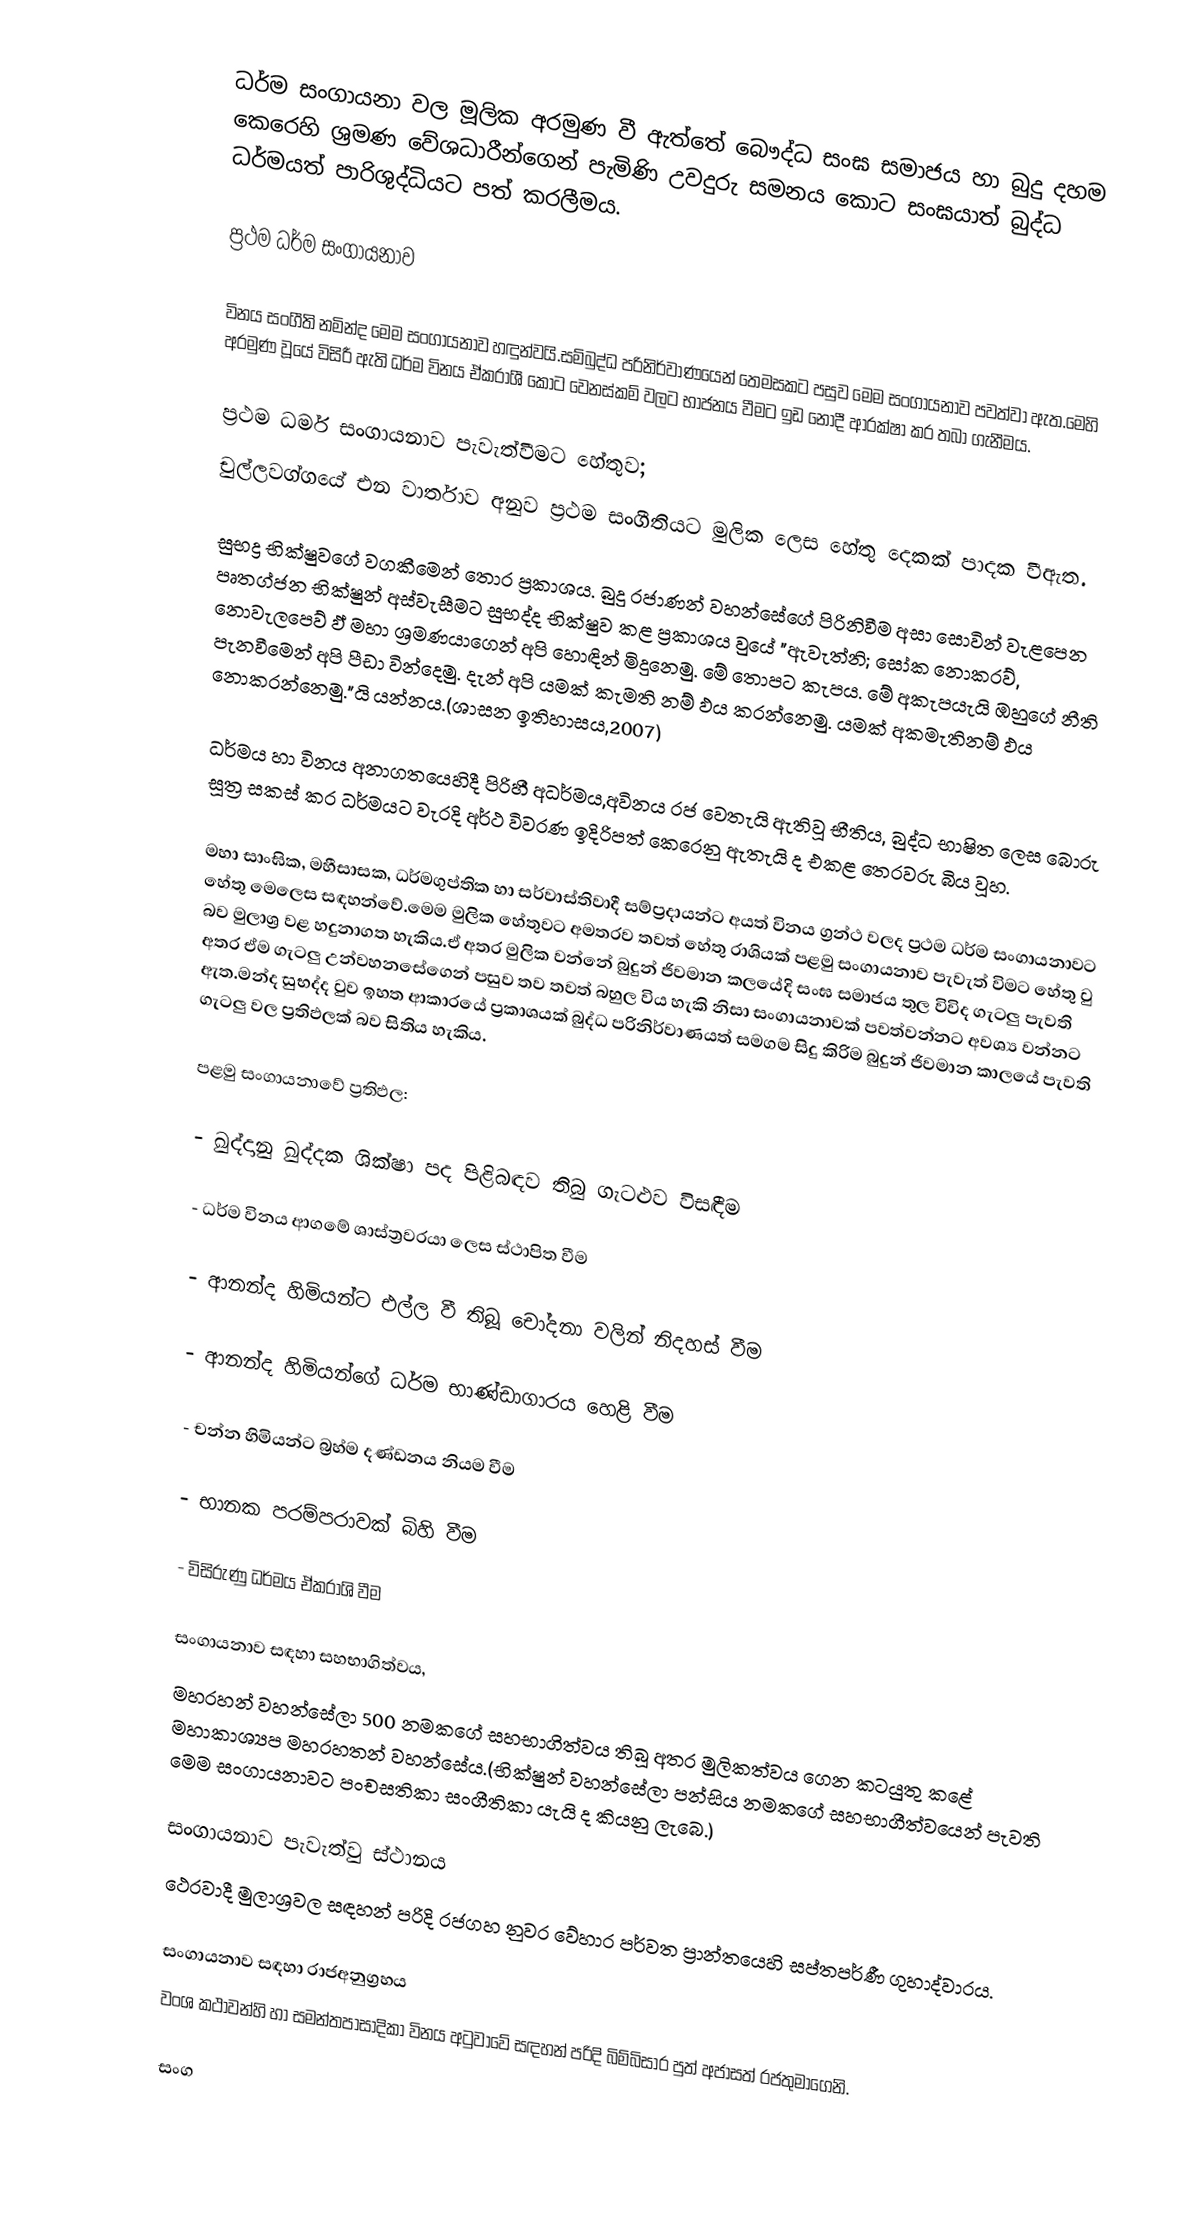
ධර්ම සංගායනා වල මූලික අරමුණ වී ඇත්තේ බෞද්ධ සංඝ සමාජය හා බුදු දහම කෙරෙහි ශ්‍රමණ වේශධාරීන්ගෙන් පැමිණි උවදුරු සමනය කොට සංඝයාත් බුද්ධ ධර්මයත් පාරිශුද්ධියට පත් කරලීමය.

ප්‍රථම ධර්ම සංගායනාව

විනය සංගීති නමින්ද මෙම සංගායනාව හඳුන්වයි.සම්බුද්ධ පරිනිර්වාණයෙන් තෙමසකට පසුව මෙම සංගායනාව පවත්වා ඇත.මෙහි අරමුණ වූයේ විසිරී ඇති ධර්ම විනය ඒකරාශී කොට වෙනස්කම් වලට භාජනය වීමට ඉඩ නොදී ආරක්ෂා කර තබා ගැනීමය.

ප්‍රථම ධර්ම සංගායනාව පැවැත්වීමට හේතුව;
චුල්ලවග්ගයේ එන වාර්තාව  අනුව ප්‍රථම සංගීතියට මුලික ලෙස හේතු දෙකක් පාදක වීඇත.

 සුභද්‍ර භික්ෂුවගේ වගකීමෙන් තොර ප්‍රකාශය. බුදු රජාණන් වහන්සේගේ පිරිනිවීම අසා සොවින් වැළපෙන පෘතග්ජන භික්ෂුන් අස්වැසීමට සුභද්ද භික්ෂුව කළ ප්‍රකාශය වුයේ "ඇවැත්නි; සෝක නොකරව්, නොවැලපෙව් ඵ් මහා ශ්‍රමණයාගෙන් අපි හොඳින් මිදුනෙමු. මේ තොපට කැපය. මේ අකැපයැයි ඹහුගේ නීති පැනවීමෙන් අපි පීඩා වින්දෙමු. දැන් අපි යමක් කැමති නම් ඵය කරන්නෙමු. යමක් අකමැතිනම් ඵය නොකරන්නෙමු."යි යන්නය.(ශාසන ඉතිහාසය,2007)

 ධර්මය හා විනය  අනාගතයෙහිදී පිරිහී අධර්මය,අවිනය රජ වෙතැයි ඇතිවූ භීතිය, බුද්ධ භාෂිත ලෙස බොරු සූත්‍ර සකස් කර ධර්මයට වැරදි අර්ථ විවරණ ඉදිරිපත් කෙරෙනු ඇතැයි ද එකළ තෙරවරු බිය වූහ.

මහා සාංඝික, මහීසාසක, ධර්මගුප්තික හා සර්වාස්තිවාදී සම්ප්‍රදායන්ට අයත් විනය ග්‍රන්ථ වලද ප්‍රථම ධර්ම සංගායනාවට හේතු මෙලෙස සඳහන්වේ.මෙම මුලික හේතුවට අමතරව තවත් හේතු රාශියක් පළමු සංගායනාව පැවැත් විමට හේතු වු බව මුලාශ්‍ර වළ හදුනාගත හැකිය.ඒ අතර මුලික වන්නේ බුදුන් ජිවමාන කලයේදි සංඝ සමාජය තුල විවිද ගැටලු පැවති අතර ඒම ගැටලු උන්වහනසේගෙන් පසුව තව තවත් බහුල විය හැකි නිසා සංගායනාවක් පවත්වන්නට අවශ්‍ය වන්නට ඇත.මන්ද සුභද්ද වුව ඉහත ආකාරයේ ප්‍රකාශයක් බුද්ධ පරිනිර්වාණයත් සමගම සිදු කිරිම බුදුන් ජිවමාන කාලයේ පැවති ගැටලු වල ප්‍රතිඵලක් බව සිතිය හැකිය.

පළමු සංගායනාවේ ප්‍රතිඵල:

- ඛුද්දානු ඛුද්දක ශික්ෂා පද පිළිබඳව තිබු ගැටළුව විසඳීම

- ධර්ම විනය ආගමේ ශාස්ත්‍රවරයා ලෙස ස්ථාපිත වීම

- ආනන්ද හිමියන්ට එල්ල වී තිබූ චෝදනා වලින් නිදහස් වීම

- ආනන්ද හිමියන්ගේ ධර්ම භාණ්ඩාගාරය හෙළි වීම

- චන්න හිමියන්ට බ්‍රහ්ම දණ්ඩනය නියම වීම

- භානක පරම්පරාවක් බිහි වීම

- විසිරුණු ධර්මය ඒකරාශි වීම

සංගායනාව සඳහා සහභාගිත්වය,
මහරහන් වහන්සේලා 500 නමකගේ සහභාගිත්වය තිබූ අතර මුලිකත්වය ගෙන කටයුතු කළේ මහාකාශ්‍යප මහරහතන් වහන්සේය.(භික්ෂුන් වහන්සේලා පන්සිය නමකගේ සහභාගීත්වයෙන් පැවති මෙම සංගායනාවට පංචසතිකා සංගීතිකා යැයි ද කියනු ලැබෙ.)

සංගායනාව පැවැත්වු ස්ථානය
ථෙරවාදී මුලාශ්‍රවල සඳහන් පරිදි රජගහ නුවර වේහාර පර්වත ප්‍රාන්තයෙහි සප්තපර්ණී ගුහාද්වාරය.

සංගායනාව සඳහා රාජඅනුග්‍රහය
වංශ කථාවන්හි හා සමන්තපාසාදිකා විනය අටුවාවේ සඳහන් පරිදි බිම්බිසාර පුත් අජාසත් රජතුමාගෙනි.

සංග